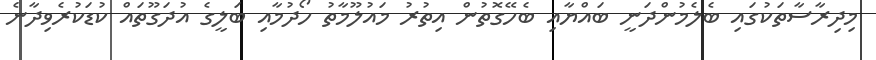
މިދިރާސާތަކުގައި ބެލެމުންދަނީ ބައްޔާއި ބެހޭގޮތުން އިތުރު މައުލޫމާތު ހޯދުމާއި ބަލީގެ އުދަގޫތައް ކުޑަކުރެވިދާނެ